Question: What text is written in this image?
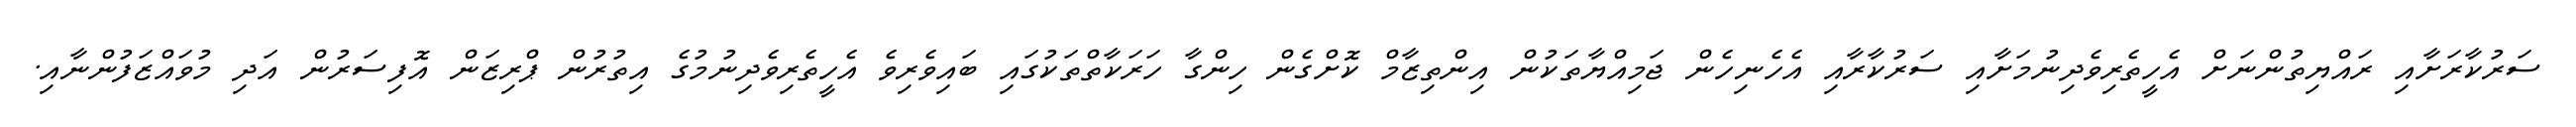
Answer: ސަރުކާރަށާއި ރައްޔިތުންނަށް އެހީތެރިވެދިނުމަށާއި ސަރުކާރާއި އެހެނިހެން ޖަމިއްޔާތަކުން އިންތިޒާމް ކޮށްގެން ހިންގާ ހަރަކާތްތަކުގައި ބައިވެރިވެ އެހީތެރިވެދިނުމުގެ އިތުރުން ޕްރިޒަން އޮފިސަރުން އަދި މުވައްޒަފުންނާއި.